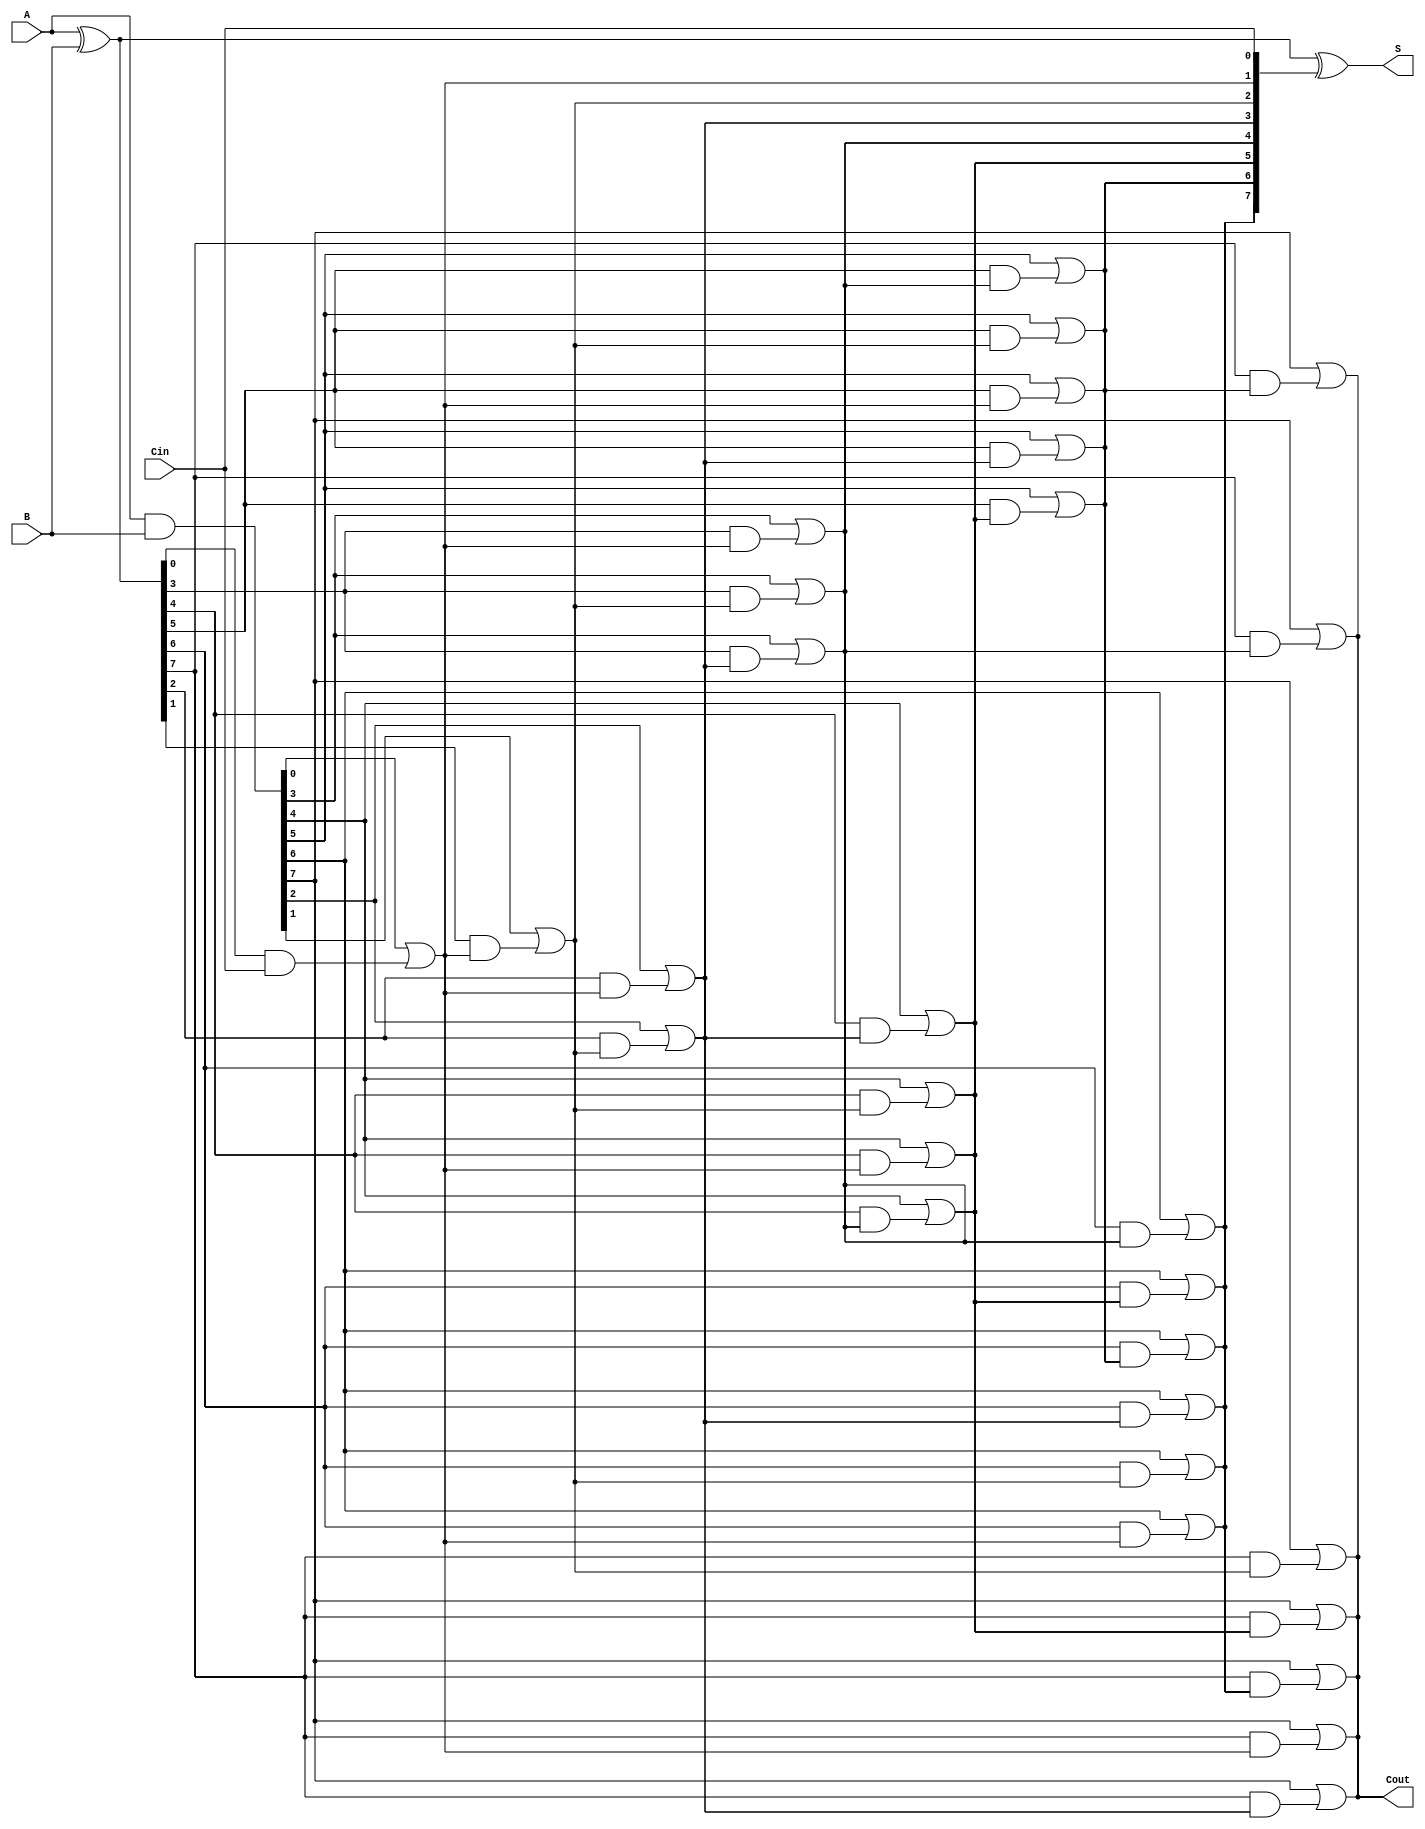
module KoggeStoneAdder #(parameter N = 8) (
    input  [N-1:0] A,
    input  [N-1:0] B,
    input          Cin,
    output [N-1:0] S,
    output         Cout
);

    // Generate and Propagate signals
    wire [N-1:0] G; // Generate
    wire [N-1:0] P; // Propagate
    wire [N-1:0] C; // Carry signals

    // Generate and Propagate calculations
    assign G = A & B;       // G[i] = A[i] AND B[i]
    assign P = A ^ B;       // P[i] = A[i] XOR B[i]

    // Level 0 carry
    assign C[0] = G[0] | (P[0] & Cin); // C[0] considering Cin

    genvar i, j;
    
    // Carry generation using Kogge-Stone method
    generate
        // Levels 1 to log2(N)
        for (i = 1; i < N; i = i + 1) begin: carry_generation
            for (j = 0; j < N-i; j = j + 1) begin: carry_stage
                assign C[j+i] = G[j+i] | (P[j+i] & C[j]);
            end
        end
    endgenerate

    // Sum calculation
    assign S = P ^ {C[N-2:0], Cin}; // S[i] = P[i] XOR C[i]

    // Carry out
    assign Cout = C[N-1];

endmodule